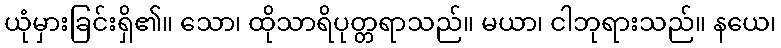
ယုံမှားခြင်းရှိ၏။ သော၊ ထိုသာရိပုတ္တရာသည်။ မယာ၊ ငါဘုရားသည်။ နယေ၊